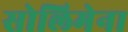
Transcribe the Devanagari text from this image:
सोलिमेना